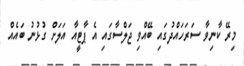
މިރޭ ކާނިވާ ސަރަހައްދުގައި ބޭއްވި ޖަލްސާގައި އެ ޕާޓީއާ އަލަށް ގުޅުނު ބައެއް